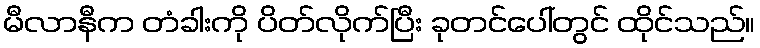
မီလာနီက တံခါးကို ပိတ်လိုက်ပြီး ခုတင်ပေါ်တွင် ထိုင်သည်။